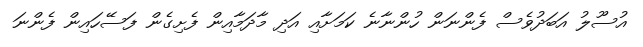
އުސޫލު އަބަދުވެސް ފެންނަން ހުންނާނެ ކަމަށާއި އަދި މާދަމާއިން ފެށިގެން ފަސޭހައިން ފެންނަ